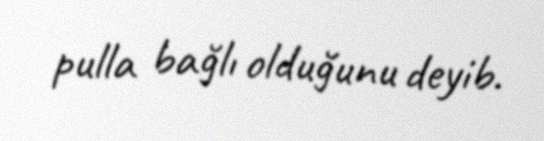
pulla bağlı olduğunu deyib.